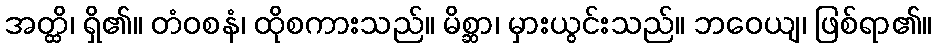
အတ္ထိ၊ ရှိ၏။ တံဝစနံ၊ ထိုစကားသည်။ မိစ္ဆာ၊ မှားယွင်းသည်။ ဘဝေယျ၊ ဖြစ်ရာ၏။